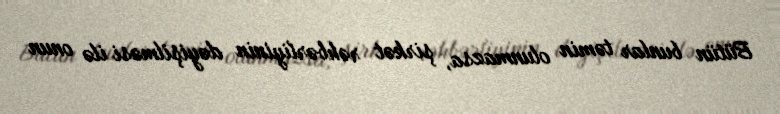
Bütün bunlar təmin olunmazsa, şirkət rəhbərliyinin dəyişilməsi ilə onun